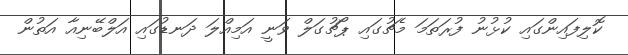
ކޮލިފައިންގައި ކުޅުނު ފުރަތަމަ މެޗުގައި ޕޯޗުގަލް ވަނީ އަމިއްލަ ދަނޑުގައި އަލްބޭނިއާ އަތުން